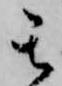
其